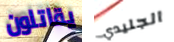
يقاتلون الجليدي